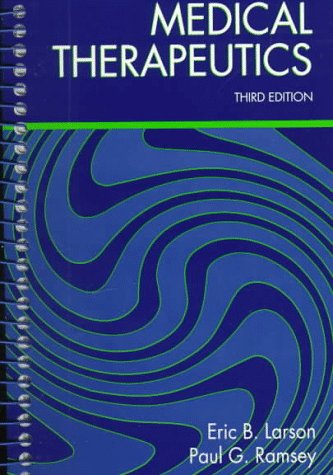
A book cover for Medical Therapeutics, 3e; Eric B. Larson MD  MPH; Medical Books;